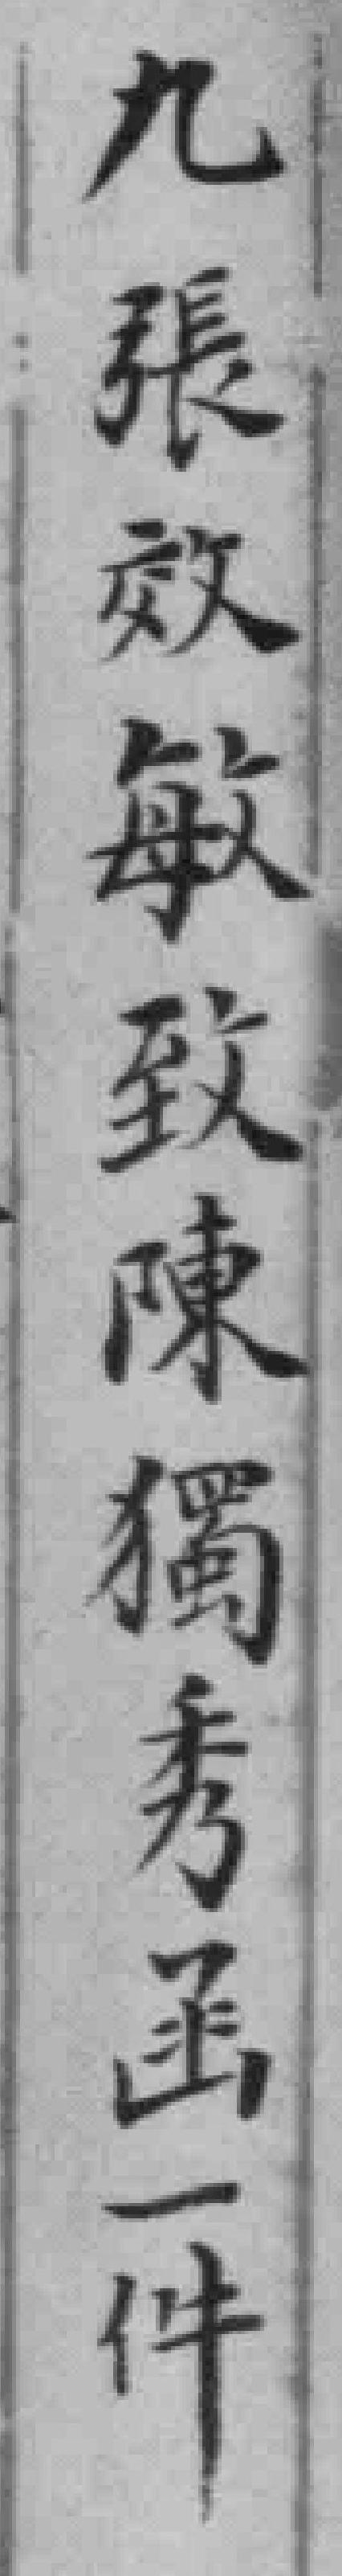
九張效敏致陳獨秀函一件